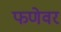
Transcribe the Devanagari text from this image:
फणेवर